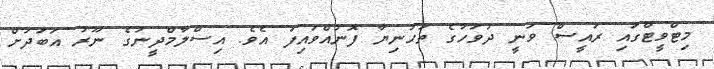
މިޓްވީޓްގައި ރައީސް ވަނީ ދުވަހުގެ ތަހުނިޔާ ފޮނުއްވައިފަ އެވެ. އިސްލާމްދީނުގެ ނޫރު އަބަދަށް